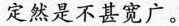
定然是不甚宽广。